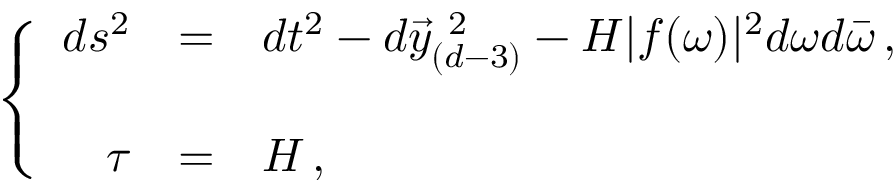
\left\{ \begin{array} { r c l } { { d s ^ { 2 } } } & { { = } } & { { d t ^ { 2 } - d \vec { y } _ { ( d - 3 ) } ^ { \ 2 } - H | f ( \omega ) | ^ { 2 } d \omega d \bar { \omega } \, , } } \\ { { } } & { { } } & { { } } \\ { { \tau } } & { { = } } & { { { \cal H } \, , } } \end{array} \right.